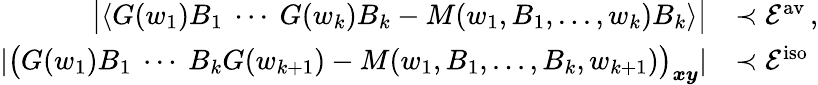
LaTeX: \begin{array}{rl}{\big\vert\langle G(w_{1})B_{1}\ \cdots\ G(w_{k})B_{k}-M(w_{1},B_{1},...,w_{k})B_{k}\rangle\big\vert}&{\prec\mathcal{E}^{\mathrm{av}}\, ,}\\ {\left\vert\big(G(w_{1})B_{1}\ \cdots\ B_{k}G(w_{k+1})-M(w_{1},B_{1},...,B_{k},w_{k+1})\big)_{\boldsymbol{x}\boldsymbol{y}}\right\vert}&{\prec\mathcal{E}^{\mathrm{iso}}}\end{array}